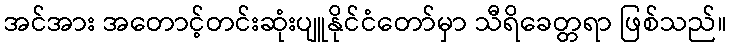
အင်အား အတောင့်တင်းဆုံးပျူနိုင်ငံတော်မှာ သီရိခေတ္တရာ ဖြစ်သည်။